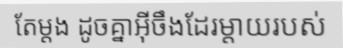
តែម្តង ដូចគ្នាអ៊ីចឹងដែរម្តាយរបស់